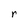
Character: r